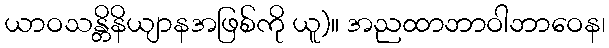
ယာဝသန္တိနိယျာနအဖြစ်ကို ယူ)။ အညထာဘာဝါဘာဝေန၊